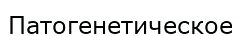
Патогенетическое